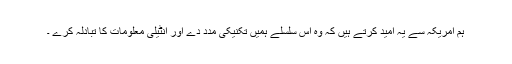
ہم امریکہ سے یہ اُمید کرتے ہیں کہ وہ اس سلسلے ہمیں تکنیکی مدد دے اور انٹیلی معلومات کا تبادلہ کرے ۔